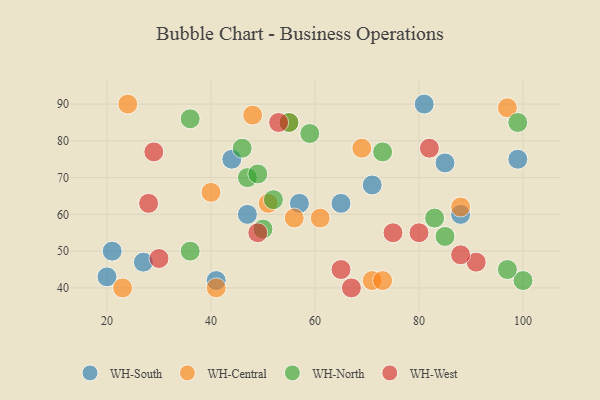
{"axis": {"x": "GDP", "y": "Life Expectancy"}, "legend": ["WH-Central", "WH-North", "WH-South", "WH-West"], "data": [{"x": "27", "y": 47, "type": "WH-South"}, {"x": "88", "y": 60, "type": "WH-South"}, {"x": "65", "y": 63, "type": "WH-South"}, {"x": "20", "y": 43, "type": "WH-South"}, {"x": "41", "y": 42, "type": "WH-South"}, {"x": "99", "y": 75, "type": "WH-South"}, {"x": "85", "y": 74, "type": "WH-South"}, {"x": "81", "y": 90, "type": "WH-South"}, {"x": "21", "y": 50, "type": "WH-South"}, {"x": "71", "y": 68, "type": "WH-South"}, {"x": "47", "y": 60, "type": "WH-South"}, {"x": "44", "y": 75, "type": "WH-South"}, {"x": "57", "y": 63, "type": "WH-South"}, {"x": "40", "y": 66, "type": "WH-Central"}, {"x": "71", "y": 42, "type": "WH-Central"}, {"x": "48", "y": 87, "type": "WH-Central"}, {"x": "69", "y": 78, "type": "WH-Central"}, {"x": "56", "y": 59, "type": "WH-Central"}, {"x": "41", "y": 40, "type": "WH-Central"}, {"x": "73", "y": 42, "type": "WH-Central"}, {"x": "88", "y": 62, "type": "WH-Central"}, {"x": "24", "y": 90, "type": "WH-Central"}, {"x": "55", "y": 85, "type": "WH-Central"}, {"x": "23", "y": 40, "type": "WH-Central"}, {"x": "97", "y": 89, "type": "WH-Central"}, {"x": "61", "y": 59, "type": "WH-Central"}, {"x": "51", "y": 63, "type": "WH-Central"}, {"x": "85", "y": 54, "type": "WH-North"}, {"x": "50", "y": 56, "type": "WH-North"}, {"x": "52", "y": 64, "type": "WH-North"}, {"x": "59", "y": 82, "type": "WH-North"}, {"x": "83", "y": 59, "type": "WH-North"}, {"x": "55", "y": 85, "type": "WH-North"}, {"x": "73", "y": 77, "type": "WH-North"}, {"x": "100", "y": 42, "type": "WH-North"}, {"x": "36", "y": 86, "type": "WH-North"}, {"x": "99", "y": 85, "type": "WH-North"}, {"x": "36", "y": 50, "type": "WH-North"}, {"x": "47", "y": 70, "type": "WH-North"}, {"x": "97", "y": 45, "type": "WH-North"}, {"x": "49", "y": 71, "type": "WH-North"}, {"x": "46", "y": 78, "type": "WH-North"}, {"x": "30", "y": 48, "type": "WH-West"}, {"x": "91", "y": 47, "type": "WH-West"}, {"x": "29", "y": 77, "type": "WH-West"}, {"x": "53", "y": 85, "type": "WH-West"}, {"x": "88", "y": 49, "type": "WH-West"}, {"x": "80", "y": 55, "type": "WH-West"}, {"x": "28", "y": 63, "type": "WH-West"}, {"x": "49", "y": 55, "type": "WH-West"}, {"x": "67", "y": 40, "type": "WH-West"}, {"x": "65", "y": 45, "type": "WH-West"}, {"x": "75", "y": 55, "type": "WH-West"}, {"x": "82", "y": 78, "type": "WH-West"}]}